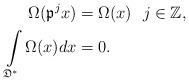
LaTeX: \begin{align*} \Omega(\mathfrak{p}^jx) &= \Omega(x)~ ~j \in \mathbb{Z}, \\ \int\limits_{\mathfrak{D^{*}}} \Omega(x)dx &= 0 .\end{align*}